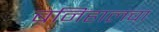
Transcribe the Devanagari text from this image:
बनिहालचा